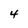
Character: 4